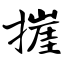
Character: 捱